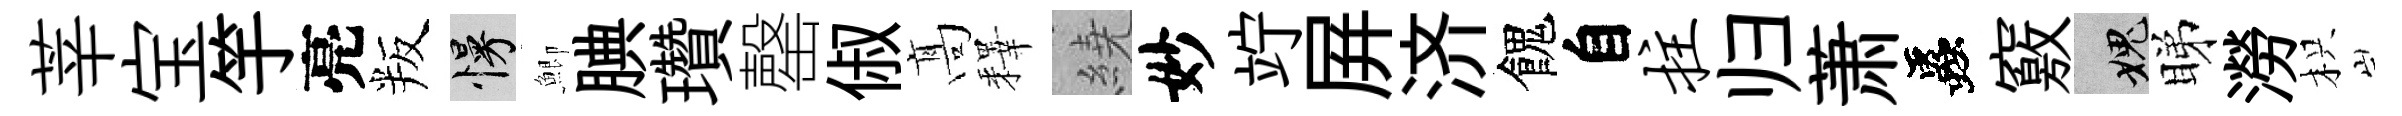
莘宝竽亮叛慢鯽腆瓚罄俶髙釋繞妙竚屛济餽自拄归萧蟲竅愧睇澇枳